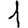
Digit: 1